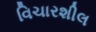
વિચારશીલ